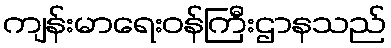
ကျန်းမာရေးဝန်ကြီးဌာနသည်